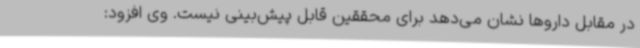
در مقابل داروها نشان می‌دهد برای محققین قابل پیش‌بینی نیست. وی افزود: